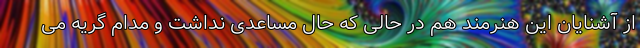
از آشنایان این هنرمند هم در حالی که حال مساعدی نداشت و مدام گریه می